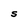
Character: S